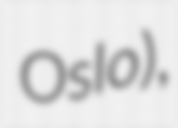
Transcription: Oslo),